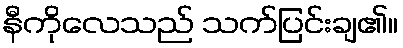
နီကိုလေသည် သက်ပြင်းချ၏။